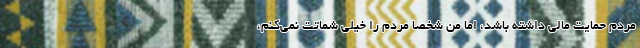
مردم حمایت مالی داشته باشد، اما من شخصا مردم را خیلی شماتت نمی‌کنم،